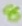
Text: 8